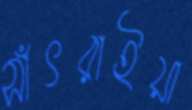
সাঁৎরাইয়া